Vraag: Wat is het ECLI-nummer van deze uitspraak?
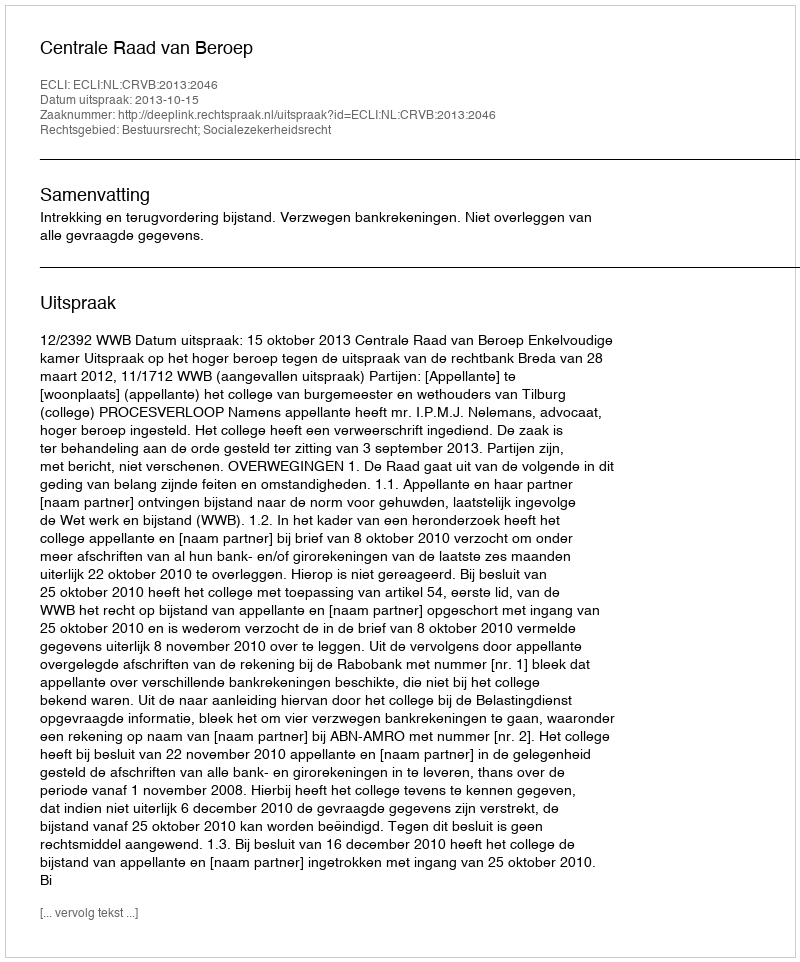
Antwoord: ECLI:NL:CRVB:2013:2046